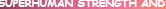
SUPERHUMAN STRENGTH AND